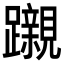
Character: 𮜪